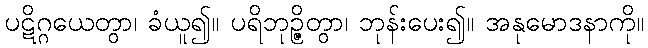
ပဋိဂ္ဂယေတွာ၊ ခံယူ၍။ ပရိဘုဉ္ဇိတွာ၊ ဘုန်းပေး၍။ အနုမောဒနာကို။